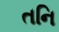
તનિ